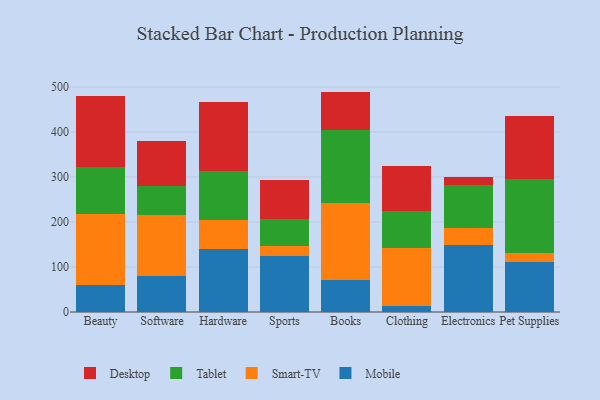
{"axis": {"x": "Category", "y": "Demand Index"}, "legend": ["Desktop", "Mobile", "Smart-TV", "Tablet"], "data": [{"x": "Beauty", "y": 59.8, "type": "Mobile"}, {"x": "Beauty", "y": 158.4, "type": "Smart-TV"}, {"x": "Beauty", "y": 104.8, "type": "Tablet"}, {"x": "Beauty", "y": 157.7, "type": "Desktop"}, {"x": "Software", "y": 79.6, "type": "Mobile"}, {"x": "Software", "y": 135.6, "type": "Smart-TV"}, {"x": "Software", "y": 63.8, "type": "Tablet"}, {"x": "Software", "y": 101.5, "type": "Desktop"}, {"x": "Hardware", "y": 139.9, "type": "Mobile"}, {"x": "Hardware", "y": 65.4, "type": "Smart-TV"}, {"x": "Hardware", "y": 108.1, "type": "Tablet"}, {"x": "Hardware", "y": 152.3, "type": "Desktop"}, {"x": "Sports", "y": 124.0, "type": "Mobile"}, {"x": "Sports", "y": 23.4, "type": "Smart-TV"}, {"x": "Sports", "y": 59.3, "type": "Tablet"}, {"x": "Sports", "y": 86.5, "type": "Desktop"}, {"x": "Books", "y": 70.3, "type": "Mobile"}, {"x": "Books", "y": 171.1, "type": "Smart-TV"}, {"x": "Books", "y": 162.3, "type": "Tablet"}, {"x": "Books", "y": 86.0, "type": "Desktop"}, {"x": "Clothing", "y": 13.0, "type": "Mobile"}, {"x": "Clothing", "y": 129.6, "type": "Smart-TV"}, {"x": "Clothing", "y": 80.8, "type": "Tablet"}, {"x": "Clothing", "y": 100.8, "type": "Desktop"}, {"x": "Electronics", "y": 148.9, "type": "Mobile"}, {"x": "Electronics", "y": 38.2, "type": "Smart-TV"}, {"x": "Electronics", "y": 94.1, "type": "Tablet"}, {"x": "Electronics", "y": 19.2, "type": "Desktop"}, {"x": "Pet Supplies", "y": 112.1, "type": "Mobile"}, {"x": "Pet Supplies", "y": 18.4, "type": "Smart-TV"}, {"x": "Pet Supplies", "y": 165.1, "type": "Tablet"}, {"x": "Pet Supplies", "y": 139.9, "type": "Desktop"}]}